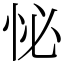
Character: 怭